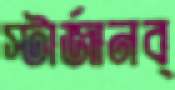
স্টার্জানব্